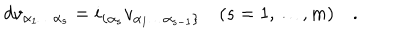
LaTeX: d v _ { \alpha _ { 1 } \dots \alpha _ { s } } = i _ { \{ \alpha _ { s } } v _ { \alpha _ { 1 } \dots \alpha _ { s - 1 } \} } \quad ( s = 1 , \dots , m ) \quad .